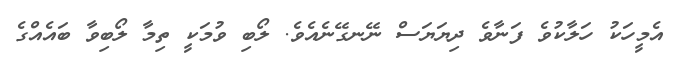
އެމީހަކު ހަލާކުވެ ފަނާވެ ދިޔަޔަސް ނޭނގޭނެއެވެ. ލޯބި ވުމަކީ ތިމާ ލޯބިވާ ބައެއްގެ